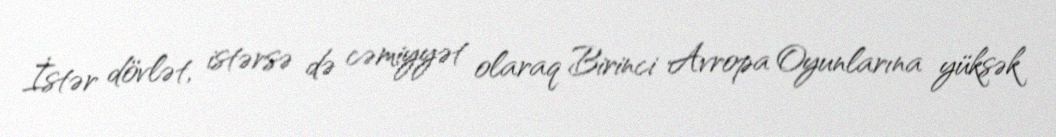
İstər dövlət, istərsə də cəmiyyət olaraq Birinci Avropa Oyunlarına yüksək